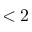
< 2